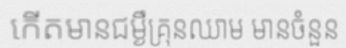
កើតមានជម្ងឺគ្រុនឈាម មានចំនួន